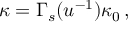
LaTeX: \kappa = \Gamma _ { s } ( u ^ { - 1 } ) \kappa _ { 0 } \, ,